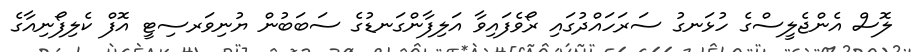
ލޮސް އެންޖެލީސްގެ ހުޅަނގު ސަރަހައްދުގައި ރޯވެފައިވާ އަލިފާންގަނޑުގެ ސަބަބުން ޔުނިވަރސިޓީ އޮފް ކެލިފޯނިއާގެ